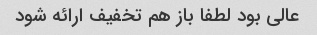
عالی بود لطفا باز هم تخفیف ارائه شود